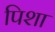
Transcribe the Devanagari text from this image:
पिशा